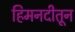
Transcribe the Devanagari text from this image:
हिमनदीतून